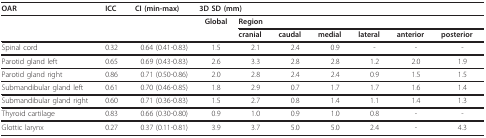
<table><thead><tr><td><b>OAR</b></td><td><b>ICC</b></td><td><b>CI (min-max)</b></td><td colspan="7"><b>3D SD (mm)</b></td></tr></thead><tbody><tr><td></td><td></td><td></td><td><b>Global</b></td><td colspan="6"><b>Region</b></td></tr><tr><td></td><td></td><td></td><td></td><td><b>cranial</b></td><td><b>caudal</b></td><td><b>medial</b></td><td><b>lateral</b></td><td><b>anterior</b></td><td><b>posterior</b></td></tr><tr><td>Spinal cord</td><td>0.32</td><td>0.64 (0.41-0.83)</td><td>1.5</td><td>2.1</td><td>2.4</td><td>0.9</td><td>-</td><td>-</td><td>-</td></tr><tr><td>Parotid gland left</td><td>0.65</td><td>0.69 (0.43-0.83)</td><td>2.6</td><td>3.3</td><td>2.8</td><td>2.8</td><td>1.2</td><td>2.0</td><td>1.9</td></tr><tr><td>Parotid gland right</td><td>0.86</td><td>0.71 (0.50-0.86)</td><td>2.0</td><td>2.8</td><td>2.4</td><td>2.4</td><td>0.9</td><td>1.5</td><td>1.5</td></tr><tr><td>Submandibular gland left</td><td>0.61</td><td>0.70 (0.46-0.85)</td><td>1.8</td><td>2.9</td><td>0.7</td><td>1.7</td><td>1.7</td><td>1.6</td><td>1.4</td></tr><tr><td>Submandibular gland right</td><td>0.60</td><td>0.71 (0.36-0.83)</td><td>1.5</td><td>2.7</td><td>0.8</td><td>1.4</td><td>1.1</td><td>1.4</td><td>1.3</td></tr><tr><td>Thyroid cartilage</td><td>0.83</td><td>0.66 (0.30-0.80)</td><td>0.9</td><td>1.0</td><td>0.9</td><td>1.0</td><td>0.8</td><td>-</td><td>-</td></tr><tr><td>Glottic larynx</td><td>0.27</td><td>0.37 (0.11-0.81)</td><td>3.9</td><td>3.7</td><td>5.0</td><td>5.0</td><td>2.4</td><td>-</td><td>4.3</td></tr></tbody></table>